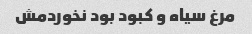
مرغ سیاه و کبود بود نخوردمش